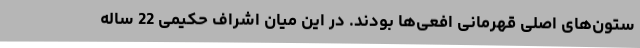
ستون‌های اصلی قهرمانی افعی‌ها بودند. در این میان اشراف حکیمی 22 ساله